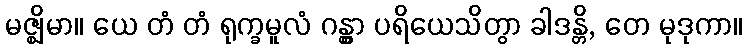
မဇ္ဈိမာ။ ယေ တံ တံ ရုက္ခမူလံ ဂန္တွာ ပရိယေသိတွာ ခါဒန္တိ, တေ မုဒုကာ။